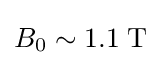
B_{0}\sim 1.1\;{\text{T}}